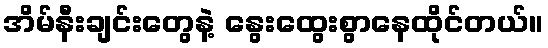
အိမ်နီးချင်းတွေနဲ့ နွေးထွေးစွာနေထိုင်တယ်။